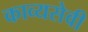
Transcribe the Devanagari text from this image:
काव्यसेवी